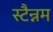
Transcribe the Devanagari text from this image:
स्टैन्नम